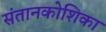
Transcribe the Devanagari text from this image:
संतानकोशिका